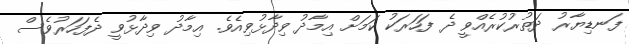
ފަނޑިޔާރު ދަތުރުކުރެއްވީ ދެ ފަހަރަކު ކަމަށް އިމާދު ވިދާޅުވިއެވެ. އިމާދު ވިދާޅުވީ ދެފަހަރުވެސް